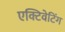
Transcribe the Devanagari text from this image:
एक्टिवेटिंग